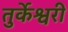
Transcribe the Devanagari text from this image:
तुर्केश्वरी